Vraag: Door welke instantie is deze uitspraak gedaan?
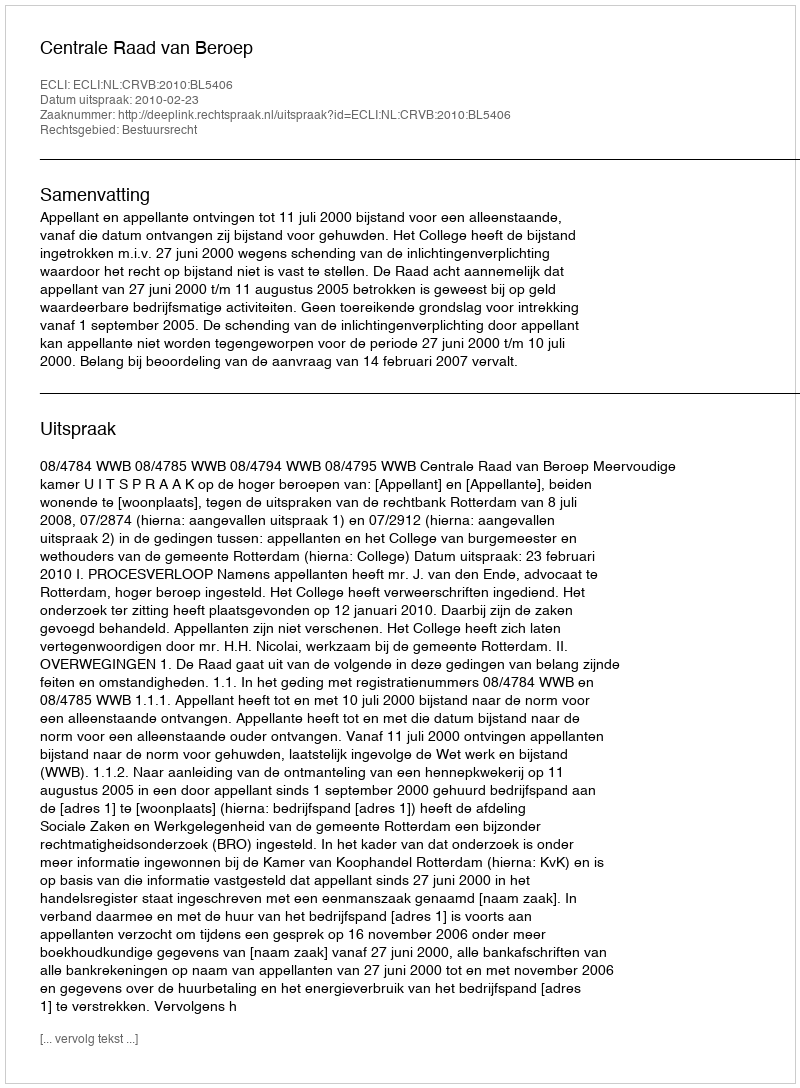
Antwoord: Centrale Raad van Beroep